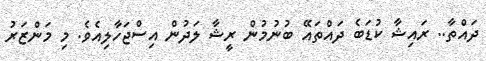
ދައްތާ.. ރައިޝާ ކުޑަބެ ދައްތައޭ ބުނުމުން ރީޝާ ލަދުން އިސްޖަހާލިއެވެ. މި މަންޒަރު